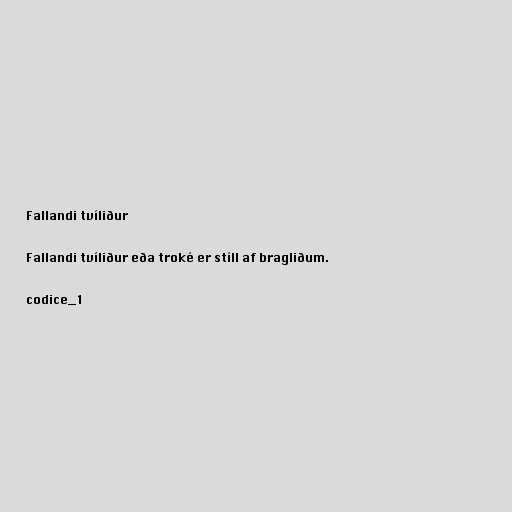
Fallandi tvíliður

Fallandi tvíliður eða troké er stíll af bragliðum.

codice_1